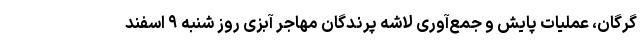
گرگان، عملیات پایش و جمع‌آوری لاشه پرندگان مهاجر آبزی روز شنبه ۹ اسفند